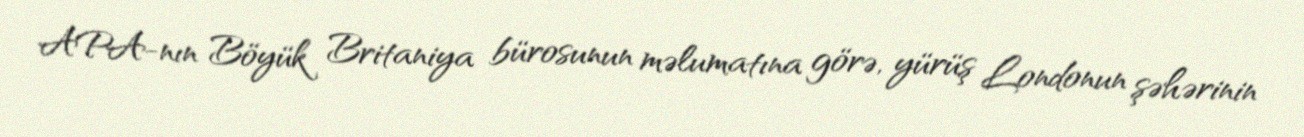
APA-nın Böyük Britaniya bürosunun məlumatına görə, yürüş Londonun şəhərinin